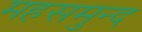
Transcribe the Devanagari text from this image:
महसमुन्द